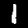
Label: 1